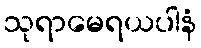
သုရာမေရယပါနံ